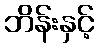
ဘိန်းနှင့်